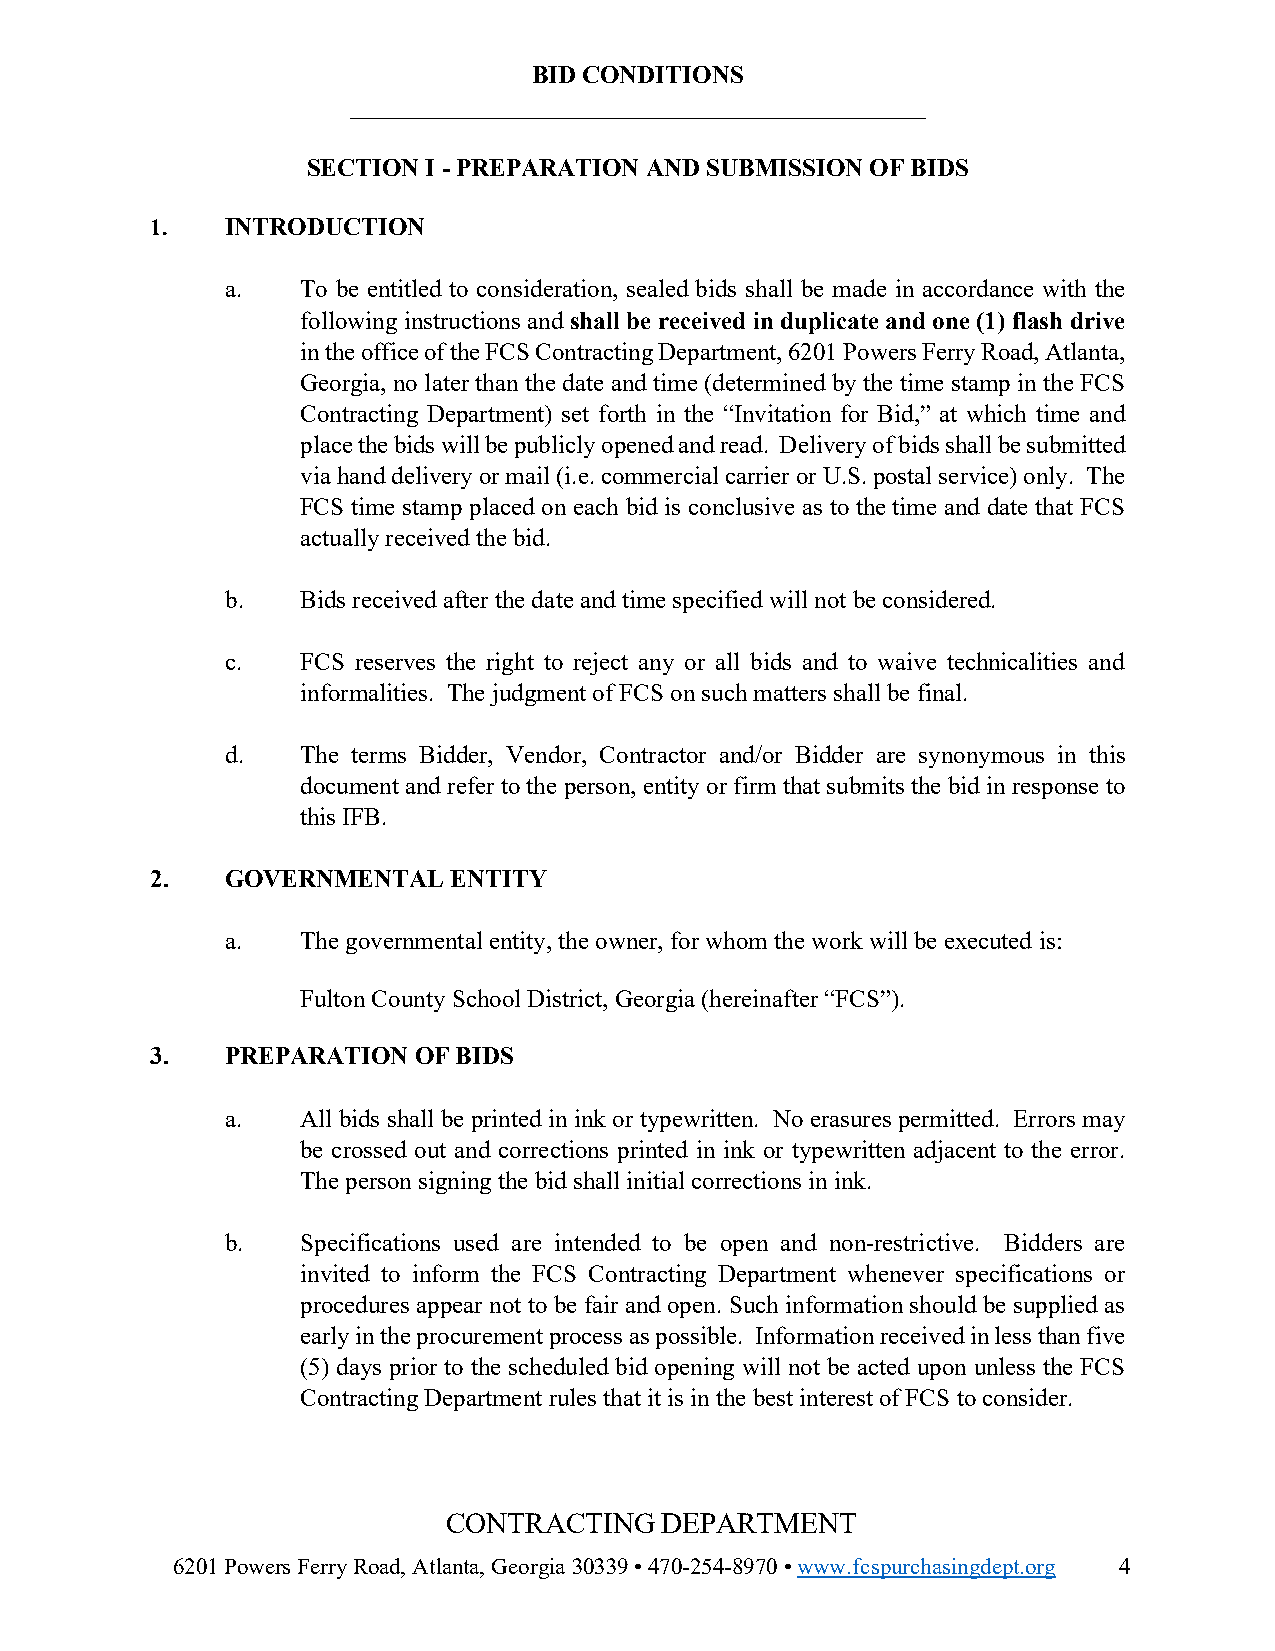
BID CONDITIONS
 ______________________________________________
 SECTION I - PREPARATION AND SUBMISSION OF BIDS
 1.   INTRODUCTION
 a.   To be entitled to consideration, sealed bids shall be made in accordance with the
 following instructions and shall be received in duplicate and one (1) flash drive
 in the office of the FCS Contracting Department, 6201 Powers Ferry Road, Atlanta,
 Georgia, no later than the date and time (determined by the time stamp in the FCS
 Contracting Department) set forth in the “Invitation for Bid,” at which time and
 place the bids will be publicly opened and read. Delivery of bids shall be submitted
 via hand delivery or mail (i.e. commercial carrier or U.S. postal service) only. The
 FCS time stamp placed on each bid is conclusive as to the time and date that FCS
 actually received the bid.
 b.   Bids received after the date and time specified will not be considered.
 c.   FCS reserves the right to reject any or all bids and to waive technicalities and
 informalities. The judgment of FCS on such matters shall be final.
 d.   The terms Bidder, Vendor, Contractor and/or Bidder are synonymous in this
 document and refer to the person, entity or firm that submits the bid in response to
 this IFB.
 2.   GOVERNMENTAL   ENTITY
 a.   The governmental entity, the owner, for whom the work will be executed is:
 Fulton County School District, Georgia (hereinafter “FCS”).
 3.   PREPARATION OF BIDS
 a.   All bids shall be printed in ink or typewritten. No erasures permitted. Errors may
 be crossed out and corrections printed in ink or typewritten adjacent to the error.
 The person signing the bid shall initial corrections in ink.
 b.   Specifications used are intended to be open and non-restrictive. Bidders are
 invited to inform the FCS Contracting Department whenever specifications or
 procedures appear not to be fair and open. Such information should be supplied as
 early in the procurement process as possible. Information received in less than five
 (5) days prior to the scheduled bid opening will not be acted upon unless the FCS
 Contracting Department rules that it is in the best interest of FCS to consider.
 CONTRACTING   DEPARTMENT
 6201 Powers Ferry Road, Atlanta, Georgia 30339 • 470-254-8970 • www.fcspurchasingdept.org 4